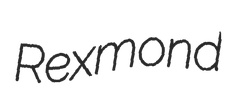
Rexmond